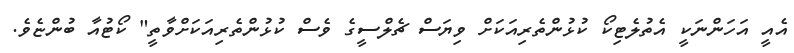
އެއީ އަހަންނަކީ އެތުލެޓިކޯ ކުޅުންތެރިއަކަށް ވިޔަސް ޗެލްސީގެ ވެސް ކުޅުންތެރިއަކަށްވާތީ" ކޯޓުއާ ބުންޏެވެ.